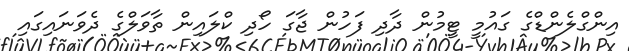
އިންގްލެންޑްގެ ގައުމީ ޓީމުން ދާދި ފަހުން ޖާގަ ހޯދި ކްލައިން ތާވަލްގެ ދެވަނައިގައި